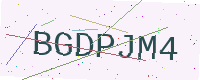
Text: BGDPJM4